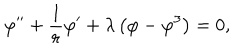
\varphi ^ { \prime \prime } + { \frac { 1 } { r } } \varphi ^ { \prime } + \lambda \left( \varphi - \varphi ^ { 3 } \right) = 0 ,